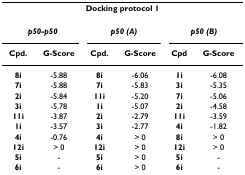
<table><thead><tr><td colspan="6"><b>Docking protocol 1</b></td></tr></thead><tbody><tr><td colspan="2"><b><i>p50-p50</i></b></td><td colspan="2"><b><i>p50 (A)</i></b></td><td colspan="2"><b><i>p50 (B)</i></b></td></tr><tr><td><b>Cpd.</b></td><td><b>G-Score</b></td><td><b>Cpd.</b></td><td><b>G-Score</b></td><td><b>Cpd</b></td><td><b>G-Score</b></td></tr><tr><td><b>8i</b></td><td>-5.88</td><td><b>8i</b></td><td>-6.06</td><td><b>1i</b></td><td>-6.08</td></tr><tr><td><b>7i</b></td><td>-5.88</td><td><b>7i</b></td><td>-5.83</td><td><b>3i</b></td><td>-5.35</td></tr><tr><td><b>2i</b></td><td>-5.84</td><td><b>11i</b></td><td>-5.20</td><td><b>7i</b></td><td>-5.06</td></tr><tr><td><b>3i</b></td><td>-5.78</td><td><b>1i</b></td><td>-5.07</td><td><b>2i</b></td><td>-4.58</td></tr><tr><td><b>11i</b></td><td>-3.87</td><td><b>2i</b></td><td>-2.79</td><td><b>11i</b></td><td>-3.59</td></tr><tr><td><b>1i</b></td><td>-3.57</td><td><b>3i</b></td><td>-2.77</td><td><b>4i</b></td><td>-1.82</td></tr><tr><td><b>4i</b></td><td>-0.76</td><td><b>4i</b></td><td>&gt; 0</td><td><b>8i</b></td><td>&gt; 0</td></tr><tr><td><b>12i</b></td><td>&gt; 0</td><td><b>12i</b></td><td>&gt; 0</td><td><b>12i</b></td><td>&gt; 0</td></tr><tr><td><b>5i</b></td><td>-</td><td><b>5i</b></td><td>&gt; 0</td><td><b>5i</b></td><td>-</td></tr><tr><td><b>6i</b></td><td>-</td><td><b>6i</b></td><td>&gt; 0</td><td><b>6i</b></td><td>-</td></tr></tbody></table>